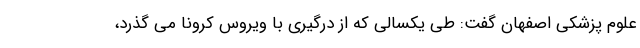
علوم پزشکی اصفهان گفت: طی یکسالی که از درگیری با ویروس کرونا می گذرد،